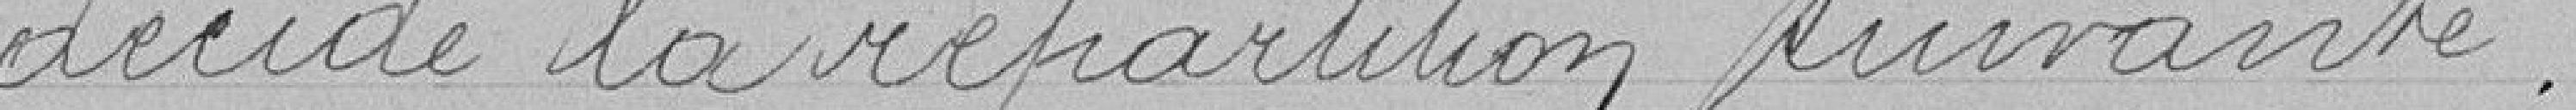
décide la répartition suivantes :